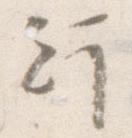
行